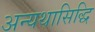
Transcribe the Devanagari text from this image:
अन्यथासिद्धि